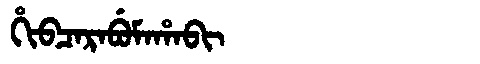
Manchu: ᡥᡳᠪᠴᠠᡵᠠᠪᡠᠮᠠᡥᠠᠪᡳ
Romanization: HIBCARABUMAHABI